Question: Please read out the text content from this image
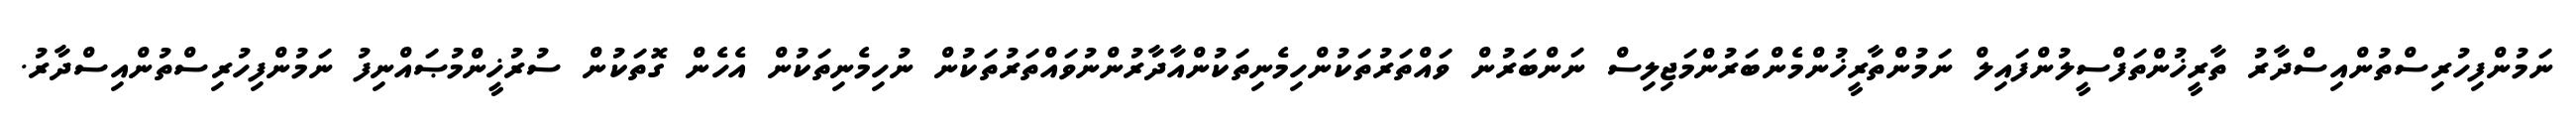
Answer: ނަމުންފިހުރިސްތުންއިސްދާރު ތާރީޚުންތަފްސީލުންފައިލް ނަމުންތާރީޚުންމެންބަރުންމަޖިލިސް ނަންބަރުން ވައްތަރުތަކުންހިމެނިތަކުންއާދާރުންނުވައްތަރުތަކުން ނުހިމެނިތަކުން އެހެން ގޮތަކުން ސުރުޚީންމުޞައްނިފު ނަމުންފިހުރިސްތުންއިސްދާރު.